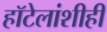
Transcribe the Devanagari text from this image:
हॉटेलांशीही